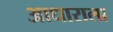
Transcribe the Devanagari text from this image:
आधाराला